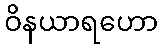
ဝိနယာရဟော